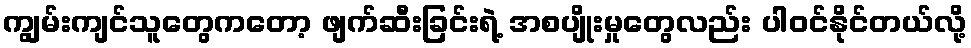
ကျွမ်းကျင်သူတွေကတော့ ဖျက်ဆီးခြင်းရဲ့ အစပျိုးမှုတွေလည်း ပါဝင်နိုင်တယ်လို့